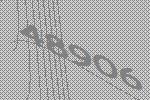
48906